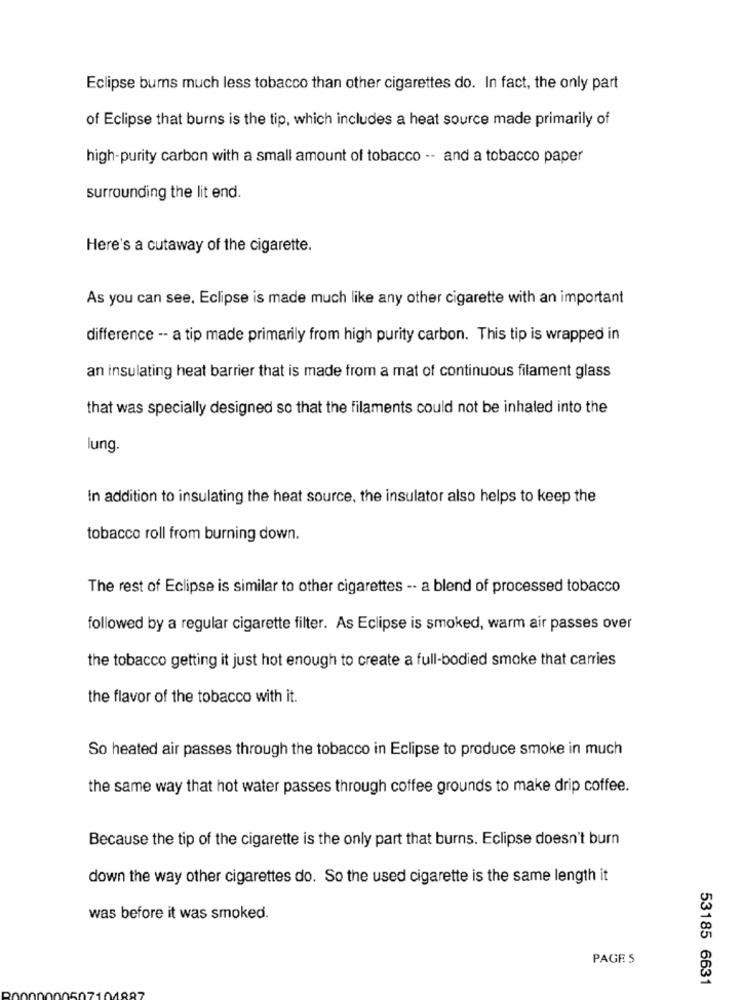
Eclipse burns much less tobacco than other cigarettes do. In fact, the only part
of Eclipse that burns is the tip, which includes a heat source made primarily of
high-purity carbon with a small amount of tobacco -- and a tobacco paper
surrounding the lit end.
Here's a cutaway of the cigarette.
As you can see, Eclipse is made much like any other cigarette with an important
difference -- a tip made primarily from high purity carbon. This tip is wrapped in
an insulating heat barrier that is made from a mat of continuous filament glass
that was specially designed so that the filaments could not be inhaled into the
lung.
In addition to insulating the heat source, the insulator also helps to keep the
tobacco roll from burning down.
The rest of Eclipse is similar to other cigarettes -- a blend of processed tobacco
followed by a regular cigarette filter. As Eclipse is smoked, warm air passes over
the tobacco getting it just hot enough to create a full-bodied smoke that carries
the flavor of the tobacco with it.
So heated air passes through the tobacco in Eclipse to produce smoke in much
the same way that hot water passes through coffee grounds to make drip coffee.
Because the tip of the cigarette is the only part that burns. Eclipse doesn't burn
down the way other cigarettes do. So the used cigarette is the same length it
was before it was smoked.
PAGE 5
53185 6631